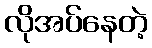
လိုအပ်နေတဲ့